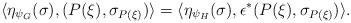
LaTeX: \begin{align*}\langle \eta_{\psi_{G}}(\sigma), (P(\xi),\sigma_{P(\xi)}) \rangle = \langle \eta_{\psi_{H}}(\sigma),\epsilon^{*}(P(\xi), \sigma_{P(\xi)}) \rangle.\end{align*}